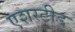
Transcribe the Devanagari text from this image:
एशस्टीड